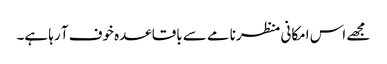
مجھے اس امکانی منظرنامے سے باقاعدہ خوف آ رہا ہے۔